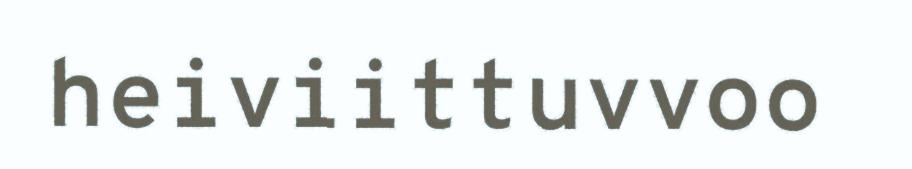
heiviittuvvoo